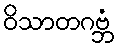
ဝိသာတဂဗ္ဘံ